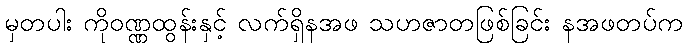
မှတပါး ကိုဝဏ္ဏထွန်းနှင့် လက်ရှိနအဖ သဟဇာတဖြစ်ခြင်း နအဖတပ်က